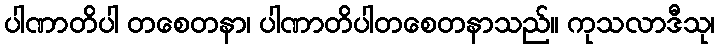
ပါဏာတိပါ တစေတနာ၊ ပါဏာတိပါတစေတနာသည်။ ကုသလာဒီသု၊